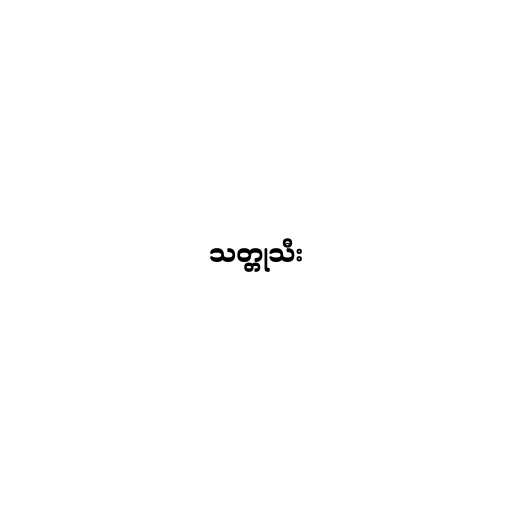
သတ္တုသီး